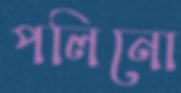
পলিনো